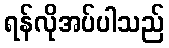
ရန်လိုအပ်ပါသည်